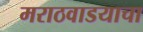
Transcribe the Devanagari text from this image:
मराठवाडयाचा